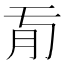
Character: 𦘼